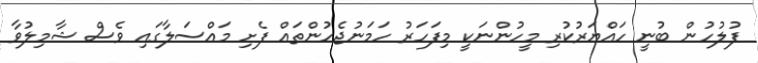
ފުލުހުން ބުނީ ހައްޔަރުކުރި މީހުންނަކީ މިފަހަރު ހަމަނުޖެހުންތައް ފެށި މައްސަލާގައި ވެސް ޝާމިލުވާ